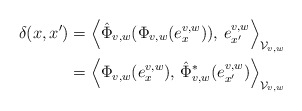
\begin{align*} \delta(x, x')&=\left\langle \hat{\Phi}_{v,w}(\Phi_{v,w}(e^{v,w}_x)),\,e^{v,w}_{x'}\right\rangle_{\mathcal{V}_{v,w}}\\ &= \left\langle \Phi_{v,w}(e^{v,w}_x),\, \hat{\Phi}^*_{v,w}(e^{v,w}_{x'})\right\rangle_{\mathcal{V}_{v,w}}\end{align*}